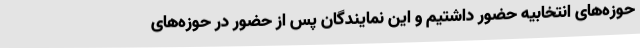
حوزه‌های انتخابیه حضور داشتیم و این نمایندگان پس از حضور در حوزه‌های